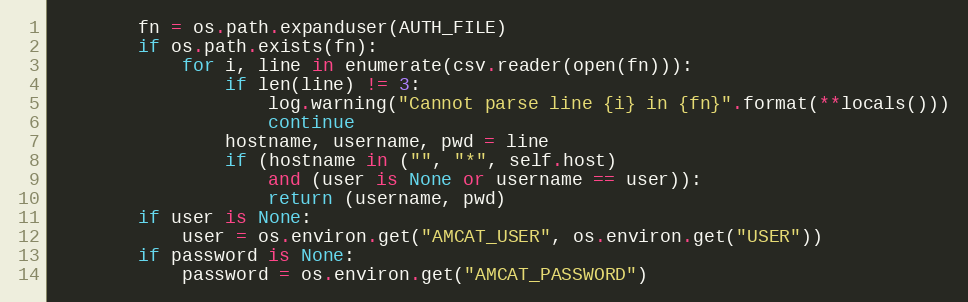
Language: Python
        fn = os.path.expanduser(AUTH_FILE)
        if os.path.exists(fn):
            for i, line in enumerate(csv.reader(open(fn))):
                if len(line) != 3:
                    log.warning("Cannot parse line {i} in {fn}".format(**locals()))
                    continue
                hostname, username, pwd = line
                if (hostname in ("", "*", self.host)
                    and (user is None or username == user)):
                    return (username, pwd)
        if user is None:
            user = os.environ.get("AMCAT_USER", os.environ.get("USER"))
        if password is None:
            password = os.environ.get("AMCAT_PASSWORD")